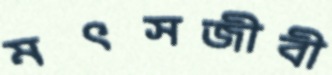
মৎসজীবী